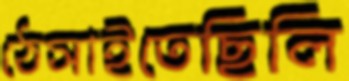
ঠেসাইতেছিলি